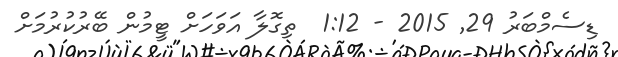
ޑިސެމްބަރު 29